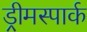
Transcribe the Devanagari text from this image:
ड्रीमस्पार्क